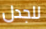
للجدل